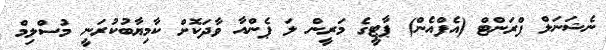
ނެޝަނަލް ފްރަންޓް (އެފްއެން) ޕާޓީގެ މަރީން ލަ ޕެންއާ ވާދަކޮށް ކާމިޔާބުކުރަނީ މުސްލިމް